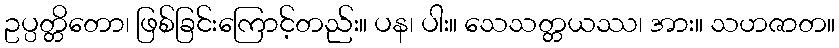
ဥပ္ပတ္တိတော၊ ဖြစ်ခြင်းကြောင့်တည်း။ ပန၊ ပါး။ သေသတ္တယဿ၊ အား။ သဟဇာတ။